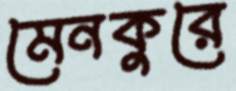
মেনকুরে